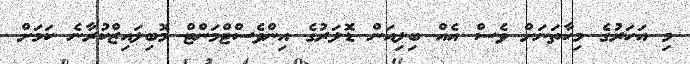
މި އަހަރުގެ މިހާތަނަށް ވެސް އެއް ބިލިއަން ޑޮލަރުގެ އިންވެސްޓްމަންޓް މޮބިލައިޒްކުރާނެ ކަމަށް